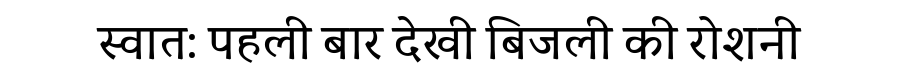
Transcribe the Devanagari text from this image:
स्वात: पहली बार देखी बिजली की रोशनी